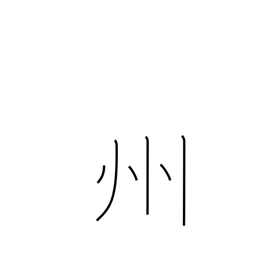
Meaning: province